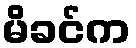
မိခင်က